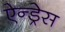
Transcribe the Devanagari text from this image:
ऐन्‍ड्रेस